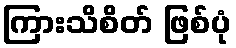
ကြားသိစိတ် ဖြစ်ပုံ